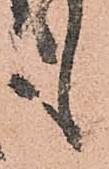
も